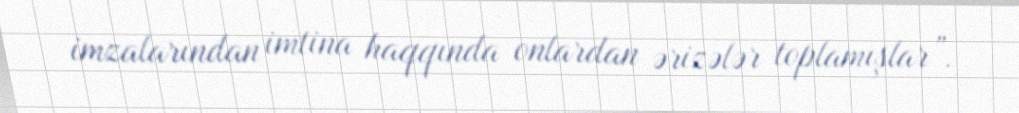
imzalarından imtina haqqında onlardan ərizələr toplamışlar”.